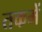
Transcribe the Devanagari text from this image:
तकमें